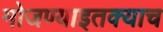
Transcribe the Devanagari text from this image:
मोजण्याइतक्याच